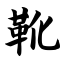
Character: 靴